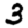
Digit: 3